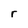
Character: r